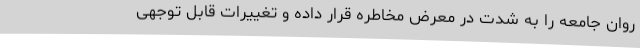
روان جامعه را به شدت در معرض مخاطره قرار داده و تغییرات قابل توجهی